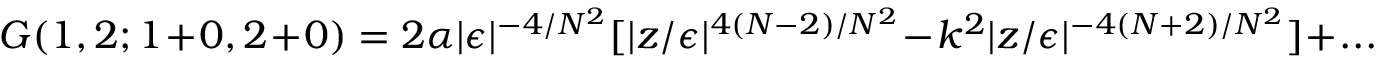
G ( 1 , 2 ; 1 + 0 , 2 + 0 ) = 2 \alpha | \epsilon | ^ { - 4 / N ^ { 2 } } [ | z / \epsilon | ^ { 4 ( N - 2 ) / N ^ { 2 } } - k ^ { 2 } | z / \epsilon | ^ { - 4 ( N + 2 ) / N ^ { 2 } } ] + . . .